Rangoon Lunatic Asylum 1898-1906 - 1898-1906
Year: 1898
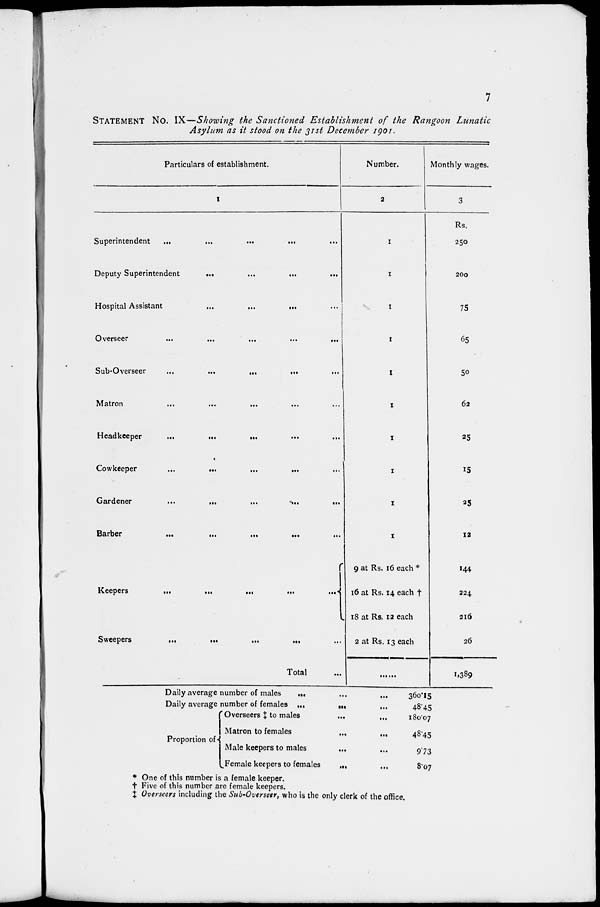
7
STATEMENT No. IX—Showing the Sanctioned
Establishment
of the Rangoon
Lunatic
Asylum as it stood on the 31st December 1901.
Particulars of establishment.
1
Superintendent
...
...
...
... ...
Deputy Superintendent
...
...
...
...
Hospital Assistant
...
...
... ...
Overseer
...
...
...
...
...
Sub-Overseer
...
...
...
...
...
Matron
...
...
... ... ...
Headkeeper
...
...
...
...
...
Cowkeeper
...
...
...
... ...
Gardener
...
...
...
...
...
Barber
...
...
...
...
...
Keepers
...
...
...
...
...
Sweepers
...
...
...
... ...
Total ...
Number.
2
1
1
1
1
1
1
1
1
1
1
9 at Rs. 16 each *
16 at Rs. 14 each †
18 at Rs. 12 each
2 at Rs. 13 each
......
Monthly wages.
3
Rs.
250
200
75
65
50
62
25
15
25
12
144
224
216
26
1,389
Daily average number of males
...
...
...
Daily average number of females ...
...
...
Proportion of
Overseers ‡ to males ... ...
Matron to females
...
...
Male keepers to males ... ...
Female keepers to females
...
...
360.15
48.45
180.07
48.45
9.73
8.07
* One of this number is a female keeper.
† Five of this number are female keepers.
‡ Overseers including the Sub-Overseer, who is the only clerk of the offic e.